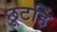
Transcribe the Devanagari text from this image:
छूटहिं